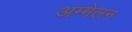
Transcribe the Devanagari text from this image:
अम्मेलन